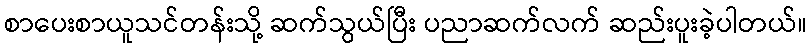
စာပေးစာယူသင်တန်းသို့ ဆက်သွယ်ပြီး ပညာဆက်လက် ဆည်းပူးခဲ့ပါတယ်။